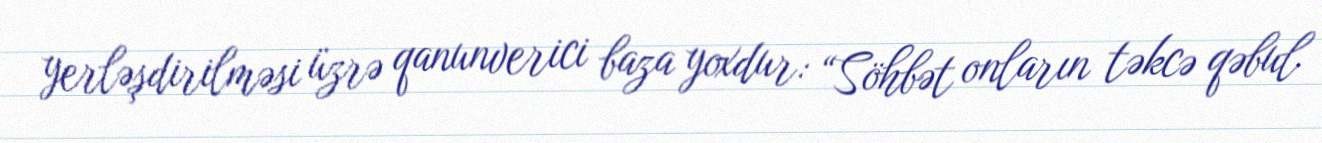
yerləşdirilməsi üzrə qanunverici baza yoxdur: “Söhbət onların təkcə qəbul